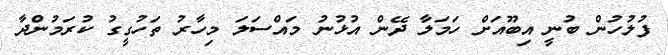
ފުލުހުން ބުނީ އިބޫއަށް ހަމަލާ ދޭން އުޅުނު މައްސަލަ މިހާރު ތަހުގީގު ކުރަމުންދާ